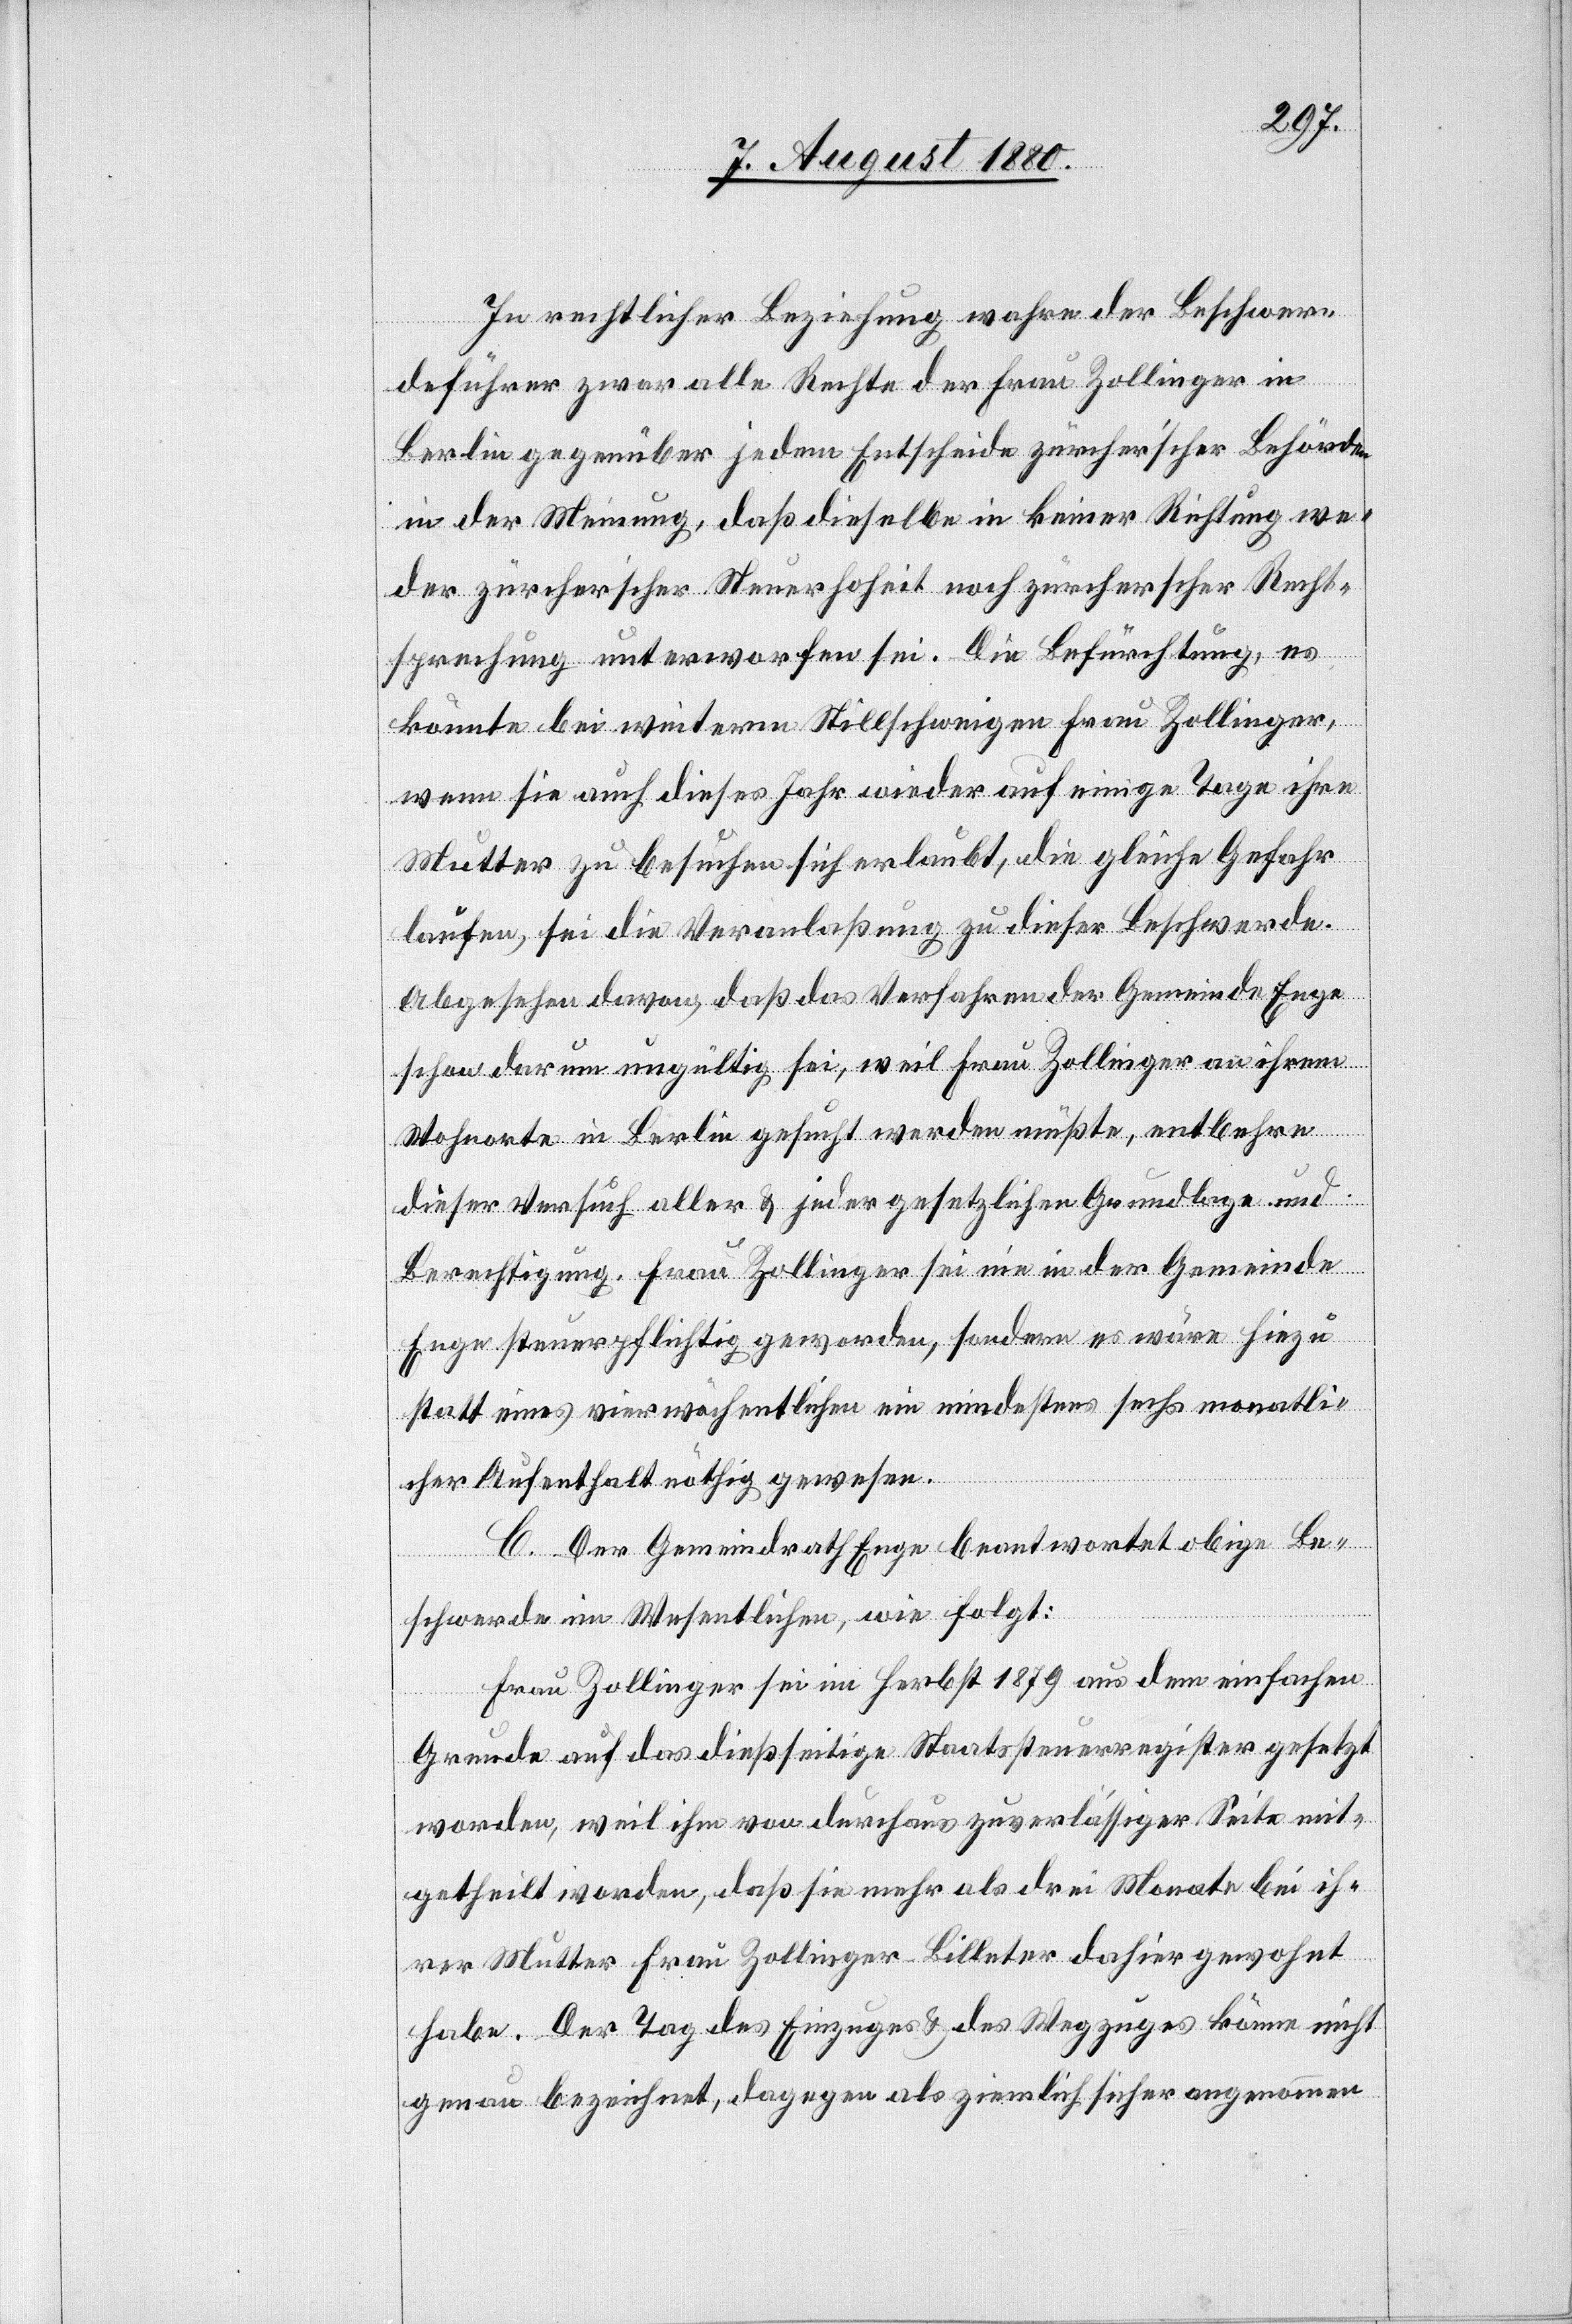
In rechtlicher Beziehung wahre der Beschwer¬
deführer zwar alle Rechte der Frau Zollinger in
Berlin gegenüber jedem Entscheide zürcher‘scher Behörde
in der Meinung, daß dieselbe in keiner Richtung we¬
der zürcher‘scher Steuerhoheit noch zürcherscher Recht¬
sprechung unterworfen sei. Die Befürchtung, es
könnte bei weiteren Stillschweigen Frau Zollinger,
wenn sie auch dieses Jahr wieder auf einige Tage ihre
Mutter zu besuchen sich erklärt, die gleiche Gefahr
laufen, sei die Veranlaßung zu dieser Beschwerde.
Abgesehen davon, daß das Verfahren der Gemeinde Enge
schon darum ungültig sei, weil Frau Zollinger an ihrem
Wohnorte in Berlin gesucht werden müßte, entbehre
dieser Versuch aller & jeder gesetzlichen Grundlage und
Berechtigung. Frau Zollinger sei nie in der Gemeinde
Enge steuerpflichtig geworden, sondern es wäre hiezu
statt eines vierwöchentlichen ein mindestens sechs monatli¬
cher Aufenthalt nöthig gewesen.
C. Der Gemeindrath Enge beantwortet obige Be¬
schwerde im Wesentlichen, wie folgt:
Frau Zollinger sei im Herbst 1879 aus dem einfachen
Grunde auf das dießseitige Staatssteuerregister gesetzt
worden, weil ihm von durchaus zuverlässiger Seite mit¬
getheilt worden, daß sie mehr als drei Monate bei ih¬
rer Mutter Frau Zollinger-Billeter dahier gewohnt
habe. Der Tag des Einzuges & des Wegzuges könne nicht
genau bezeichnet, dagegen als ziemlich sicher angenommen